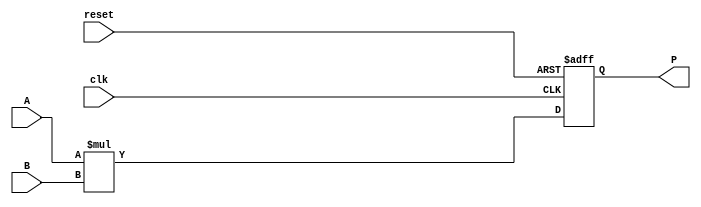
module ParameterizedMultiplier #(
    parameter WIDTH_A = 8,  // Bit-width of the first input operand
    parameter WIDTH_B = 8,  // Bit-width of the second input operand
    parameter WIDTH_P = WIDTH_A + WIDTH_B  // Bit-width of the output product
) (
    input  wire [WIDTH_A-1:0] A,    // First operand
    input  wire [WIDTH_B-1:0] B,    // Second operand
    input  wire clk,                 // Clock signal
    input  wire reset,               // Active-high reset signal
    output reg  [WIDTH_P-1:0] P      // Product output
);

    // Sequential logic for multiplier operation
    always @(posedge clk or posedge reset) begin
        if (reset) begin
            P <= 0;  // Initialize product to zero on reset
        end else begin
            P <= A * B;  // Perform multiplication
        end
    end

endmodule